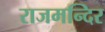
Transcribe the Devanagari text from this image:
राजमन्दिर